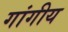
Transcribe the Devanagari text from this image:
गांगीय